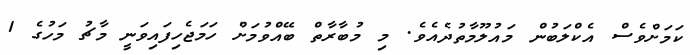
ކަމަށްވެސް އެކްލަބުން މައުލޫމާތުދެއެވެ. މި މުބާރާތް ބޭއްވުމަށް ހަމަޖެހިފައިވަނީ މާޗު މަހުގެ 1